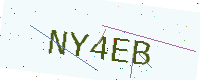
Text: NY4EB